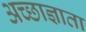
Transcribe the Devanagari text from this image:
अच्छाज्ञाता